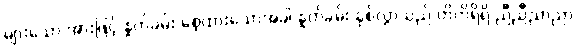
များသော အားဖြင့် နှုတ်ခမ်း စေ့ထားသောအခါ နှုတ်ခမ်း နှစ်လွှာသည် တိတိရိရိ ညီညီညာညာ